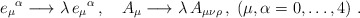
\begin{align*}e_\mu{}^\alpha \longrightarrow \lambda\, e_\mu{}^\alpha\,, \quad A_{\mu} \longrightarrow \lambda\,A_{\mu\nu\rho}\,,\; (\mu,\alpha = 0,\ldots,4)\ . \end{align*}